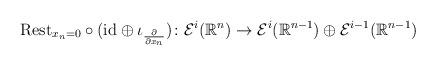
LaTeX: \begin{align*} {\operatorname{Rest}}_{x_n=0} \circ ({\operatorname{id}} \oplus \iota_{\frac{\partial}{\partial x_n}}) \colon {\mathcal{E}}^i({\mathbb{R}}^n) \to {\mathcal{E}}^i({\mathbb{R}}^{n-1}) \oplus {\mathcal{E}}^{i-1}({\mathbb{R}}^{n-1})\end{align*}